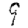
Digit: 9